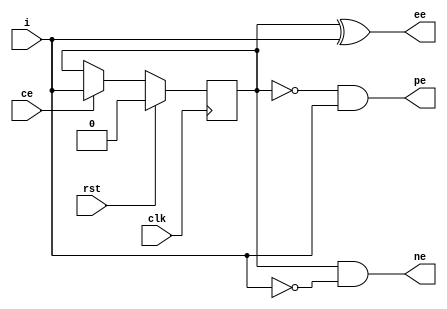
/* ============================================================================
	2007  Robert Finch
	rob@birdcomputer.ca

	edge_det.v

    This source code is available for evaluation and validation purposes
    only. This copyright statement and disclaimer must remain present in
    the file.


	NO WARRANTY.
    THIS Work, IS PROVIDEDED "AS IS" WITH NO WARRANTIES OF ANY KIND, WHETHER
    EXPRESS OR IMPLIED. The user must assume the entire risk of using the
    Work.

    IN NO EVENT SHALL THE AUTHOR OR CONTRIBUTORS BE LIABLE FOR ANY
    INCIDENTAL, CONSEQUENTIAL, OR PUNITIVE DAMAGES WHATSOEVER RELATING TO
    THE USE OF THIS WORK, OR YOUR RELATIONSHIP WITH THE AUTHOR.

    IN ADDITION, IN NO EVENT DOES THE AUTHOR AUTHORIZE YOU TO USE THE WORK
    IN APPLICATIONS OR SYSTEMS WHERE THE WORK'S FAILURE TO PERFORM CAN
    REASONABLY BE EXPECTED TO RESULT IN A SIGNIFICANT PHYSICAL INJURY, OR IN
    LOSS OF LIFE. ANY SUCH USE BY YOU IS ENTIRELY AT YOUR OWN RISK, AND YOU
    AGREE TO HOLD THE AUTHOR AND CONTRIBUTORS HARMLESS FROM ANY CLAIMS OR
    LOSSES RELATING TO SUCH UNAUTHORIZED USE.


    Notes:

	Edge detector
	This little core detects an edge (positive, negative, and
	either) in the input signal.

   	Verilog 1995
	Webpack 9.2 xc3S1000-4ft256
	3 LUTs / 2 slices / 9.1ns
============================================================================ */

module edge_det(rst, clk, ce, i, pe, ne, ee);
input rst;		// reset
input clk;		// clock
input ce;		// clock enable
input i;		// input signal
output pe;		// positive transition detected
output ne;		// negative transition detected
output ee;		// either edge (positive or negative) transition detected

reg ed;
always @(posedge clk)
	if (rst)
		ed <= 1'b0;
	else if (ce)
		ed <= i;

assign pe = ~ed & i;	// positive: was low and is now high
assign ne = ed & ~i;	// negative: was high and is now low
assign ee = ed ^ i;		// either: signal is now opposite to what it was
	
endmodule